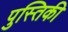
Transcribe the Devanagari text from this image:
पुस्तिकी